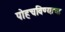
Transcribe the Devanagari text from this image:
पोहचविण्याचा